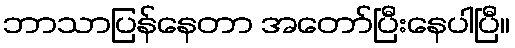
ဘာသာပြန်နေတာ အတော်ပြီးနေပါပြီ။